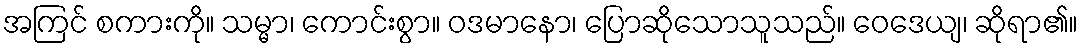
အကြင် စကားကို။ သမ္မာ၊ ကောင်းစွာ။ ဝဒမာနော၊ ပြောဆိုသောသူသည်။ ဝေဒေယျ၊ ဆိုရာ၏။